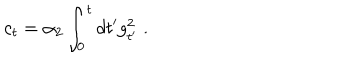
LaTeX: c _ { t } = \alpha _ { 2 } \int _ { 0 } ^ { t } d t ^ { \prime } g _ { t ^ { \prime } } ^ { 2 } \; .